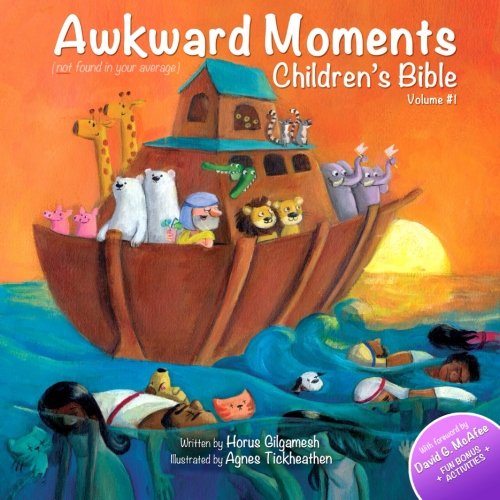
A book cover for Awkward Moments Children's Bible, Vol. 1; Horus Gilgamesh; Humor & Entertainment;